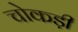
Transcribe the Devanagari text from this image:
चोकड़ी